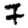
Digit: 7